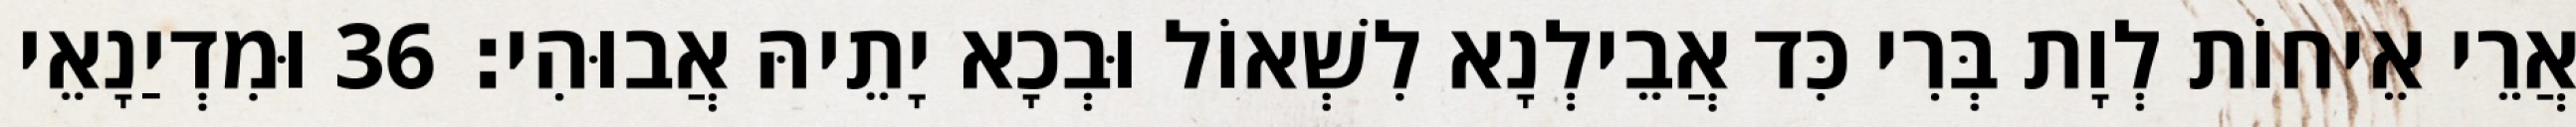
אֲרֵי אֵיחוֹת לְוָת בְּרִי כִּד אֲבֵילְנָא לִשְׁאוֹל וּבְכָא יָתֵיהּ אֲבוּהִי׃ 36 וּמִדְיַנָאֵי